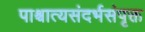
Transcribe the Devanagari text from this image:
पाश्चात्यसंदर्भसंपृक्त